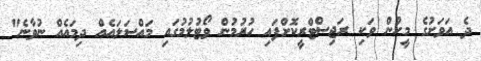
ދެ އަވަށުގެ މީހުން ވަކި ރަޖިސްޓްރީކޮށްފައި ހުރުމުން ވޯޓުލުމުގައި މައްސަލައެއް ދިމައެއް ނުވާނެ"